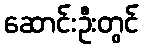
ဆောင်းဦးတွင်